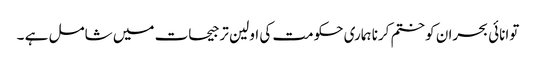
توانائی بحران کو ختم کرنا ہماری حکومت کی اولین ترجیحات میں شامل ہے ۔